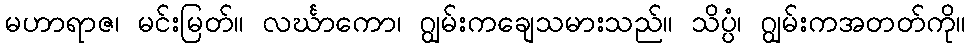
မဟာရာဇ၊ မင်းမြတ်။ လင်္ဃာကော၊ ဂျွမ်းကချေသမားသည်။ သိပ္ပံ၊ ဂျွမ်းကအတတ်ကို။